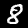
Digit: 8